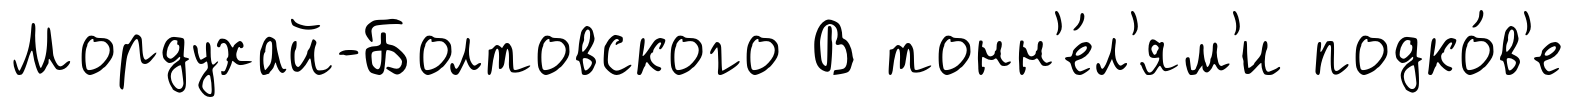
Мордухай-Болтовского В тонн'е́л'ям'и подко́в'е